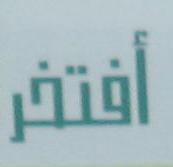
أفتغر